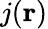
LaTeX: j(\mathbf{r})